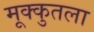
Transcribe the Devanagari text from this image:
मूक्कुतला